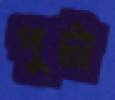
পুটা